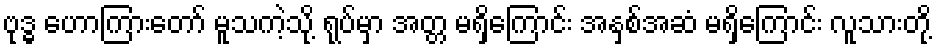
ဗုဒ္ဓ ဟောကြားတော် မူသကဲ့သို့ ရုပ်မှာ အတ္တ မရှိကြောင်း အနှစ်အဆံ မရှိကြောင်း လူသားတို့